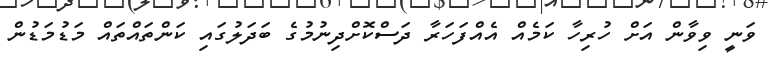
ވަނީ ވިވާން އަށް ހުރިހާ ކަމެއް އެއްފަހަރާ ދަސްކޮށްދިނުމުގެ ބަދަލުގައި ކަންތައްތައް މަޑުމަޑުން